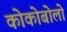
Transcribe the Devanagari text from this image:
कोकोबोलो